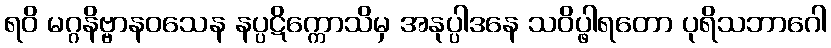
ရဝိ မဂ္ဂနိဗ္ဗာနဝသေန နပ္ပဋိက္ကောသိမှ အနုပ္ပါဒနေ သဝိပ္ဖါရတော ပုရိသဘာဂေါ